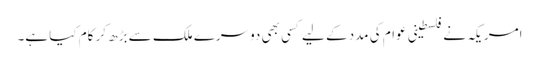
امریکہ نے فلسطینی عوام کی مدد کے لیے کسی بھی دوسرے ملک سے بڑھ کر کام کیا ہے۔